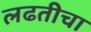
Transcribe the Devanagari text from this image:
लढतीचा